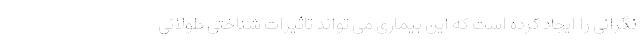
نگرانی را ایجاد کرده است که این بیماری می تواند تاثیرات شناختی طولانی